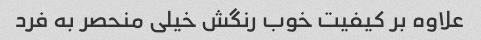
علاوه بر کیفیت خوب رنگش خیلی منحصر به فرد